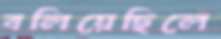
বলিয়েছিলে